Annual report of the Madras Medical College
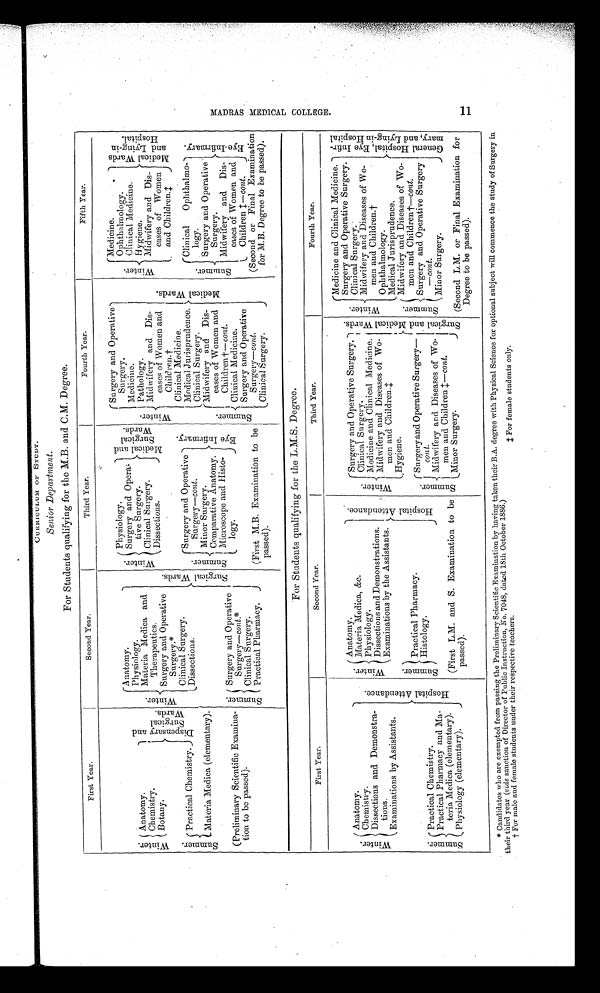
CURRICULUM OF STUDY.
Senior Department.
For Students qualifying for the M.B. and C.M. Degree.
First Year.
Second Year.
Third Year.
F o u r t h Y e a r .
Fifth Year.
Winter.
S u r g i c a l W a r d s .
W i n t e r
Physiology.
M e d i c a l a n d S u r g i c a l W a r d s .
W i n t e r .
Surgery and Operative
Surgery.
M e d i c a l W a r d s .
W i n t e r .
M e d i c i n e .
Me d i c a l Wa r d s a n d I y i n g - i n Ho s p i t a l .
O p h t h a l m o l o g y .
W i n t e r .
D i s p e n s a r y a n d S u r g i c a l W a r d s .
Anatomy.
Surgery and Opera
-
tive Surgery.
Medicine.
Clinical Medicine.
Physiology.
Anatomy.
Chemistry.
H y g i e n e .
Pathology.
Materia Medica and
Therapeutics.
Clinical Surgery.
Midwifery and Dis
- eases of Women
and Children.‡
Mid wifery and Dis-
eases of Women and
Children.†
Dissections.
Botany.
Surgery and Operative
Surgery.*
S u m m e r . Practical Chemistry.
Clinical Surgery.
S u m m e r
Surgery and Operative
Surg ery— cont.
Eye I nf i r mar y.
Clinical Medicine.
S u m m e r .
Clinical
Ophthalmo-
logy.
E y e I n f i r m a r y .
Medical Jurisprudence.
Dissections.
Materia Medica (elementary).
ClinicalSurgery.
Summer .
Minor Surgery.
Midwifery and Dis-
eases of Women and
Children†— cont .
S u m m e r .
Surgery and Operative
Surgery.
Comparative Anatomy.
Microscope and Histo-
logy.
(Preliminary Scientific Examina-
tion to be passed).
Surgery and Operative
Surgery— c o n t . *
Midwifery and Dis-
eases of Women and
Children‡ —cont.
Clinical Medicine,
Clinical Surgery.
Surgery and Operative
Surgery— cont.
(First M.B. Examination to be
passed).
(Second or Final Examination
for M.B. Degree to be passed).
Practical Pharmacy.
Clinical Surgery.
For Students qualifying for the L.M.S. Degree.
First Year.
Second Year.
Third Year.
Fourth Year.
H o s p i t a l A t t e n d e n c e .
W i n t e r .
H o s p i t a l A t t e n d e n c e .
W i n t e r
S u r g i c a l a n d M e d i c a l W a r d s .
W i n t e r .
Medicine and Clinical Medicine.
G e n e r a l H o s p i t a l E y e I n f i r - m a r y , a n d I y i n g - i n H o s p i t a l
Surgery and Operative Surgery.
W i n t e r .
Anatomy.
Anatomy.
Surgery and Operative Surgery.
Clinical Surgery.
Materia Medico, &c.
Chemistry.
Clinical Surgery.
Midwifery and Disease of Wo
- men and Children.†
Physiology.
Dissections and Demonstra-
t i o n s .
Medicine and Clinical Medicine.
Dissections and Demonstrations.
Midwifery and Diseases of Wo-
men and Children.‡
Ophthalmology.
Examinations by the Assistants.
Examinations by Assistants.
S u m m e r .
Medical Jurisprudence.
Hygiene.
S u m m e r . Midwifery and Diseases of Wo-
men and Children†—cont.
Practical Pharmacy.
S u m m e r
Surgery and Operative Surgery—
cont.
Surgery and Operative Surgery
— c o n t
.
S u m m e r .
Practical Chemistry.
Histology.
Practical Pharmacy and Ma-
teria Medica (elementary).
Midwifery and Diseases of Wo-
men and Children‡ —cont.
Minor Surgery.
(First L.M.and S. Examination to be
passed).
Minor Surgery.
Physiology (elementary).
(Second L.M. or Final Examination for
Degree to be passed).
* Candidates who are exempted from passing the Preliminary Scientific Examination by having taken their B.A. degree with Physical Science for optional subject will commence the study of Surgery in
their third year (vide sanction of Director of Public Instruction, No. 7048, dated 18th October 1886.)
† For male and female students under their respective teachers. ‡For female students only.
M A D R A S M E D I C A L C O L L E G E .
11